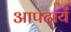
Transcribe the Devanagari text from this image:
आपदायें